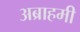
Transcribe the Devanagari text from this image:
अब्राहमी